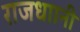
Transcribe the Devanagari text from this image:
राजधाानी